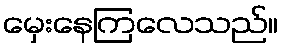
မှေးနေကြလေသည်။